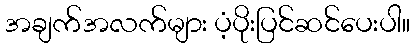
အချက်အလက်များ ပံ့ပိုးပြင်ဆင်ပေးပါ။